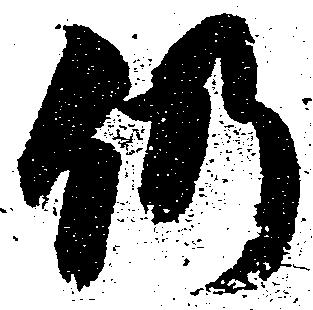
仍